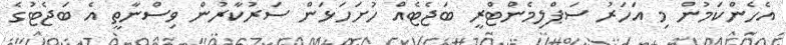
އެހެންކަމުން މި އަހަރު ސަޕްލިމެންޓްރީ ބަޖެޓެއް ހުށަހަޅަން ސަރުކާރުން ވިސްނާތީ އެ ބަޖެޓުގެ